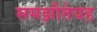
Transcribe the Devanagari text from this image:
समझौतेयह